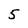
Character: 5